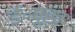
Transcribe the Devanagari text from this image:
ई॰पूर्व